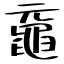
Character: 黿